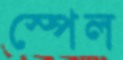
স্পেল